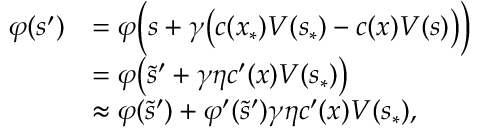
\begin{array} { r l } { \varphi ( s ^ { \prime } ) } & { = \varphi \Bigl ( s + \gamma \bigl ( c ( x _ { \ast } ) V ( s _ { \ast } ) - c ( x ) V ( s ) \bigr ) \Bigr ) } \\ & { = \varphi \bigl ( \tilde { s } ^ { \prime } + \gamma \eta c ^ { \prime } ( x ) V ( s _ { \ast } ) \bigr ) } \\ & { \approx \varphi ( \tilde { s } ^ { \prime } ) + \varphi ^ { \prime } ( \tilde { s } ^ { \prime } ) \gamma \eta c ^ { \prime } ( x ) V ( s _ { \ast } ) , } \end{array}